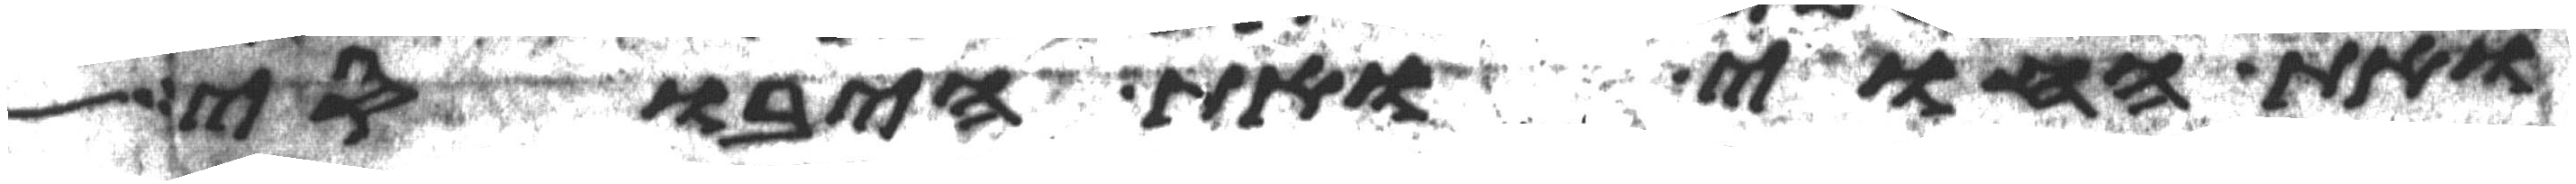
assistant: ואת החוי ואת היבוסי